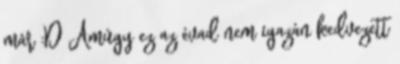
már :D Amúgy ez az évad nem igazán kedvezett